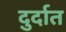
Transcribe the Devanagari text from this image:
दुर्दात